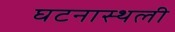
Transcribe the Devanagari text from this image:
घटनास्थली